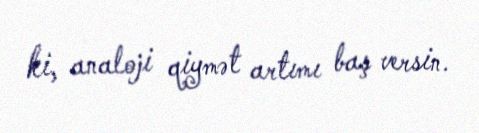
ki, analoji qiymət artımı baş versin.